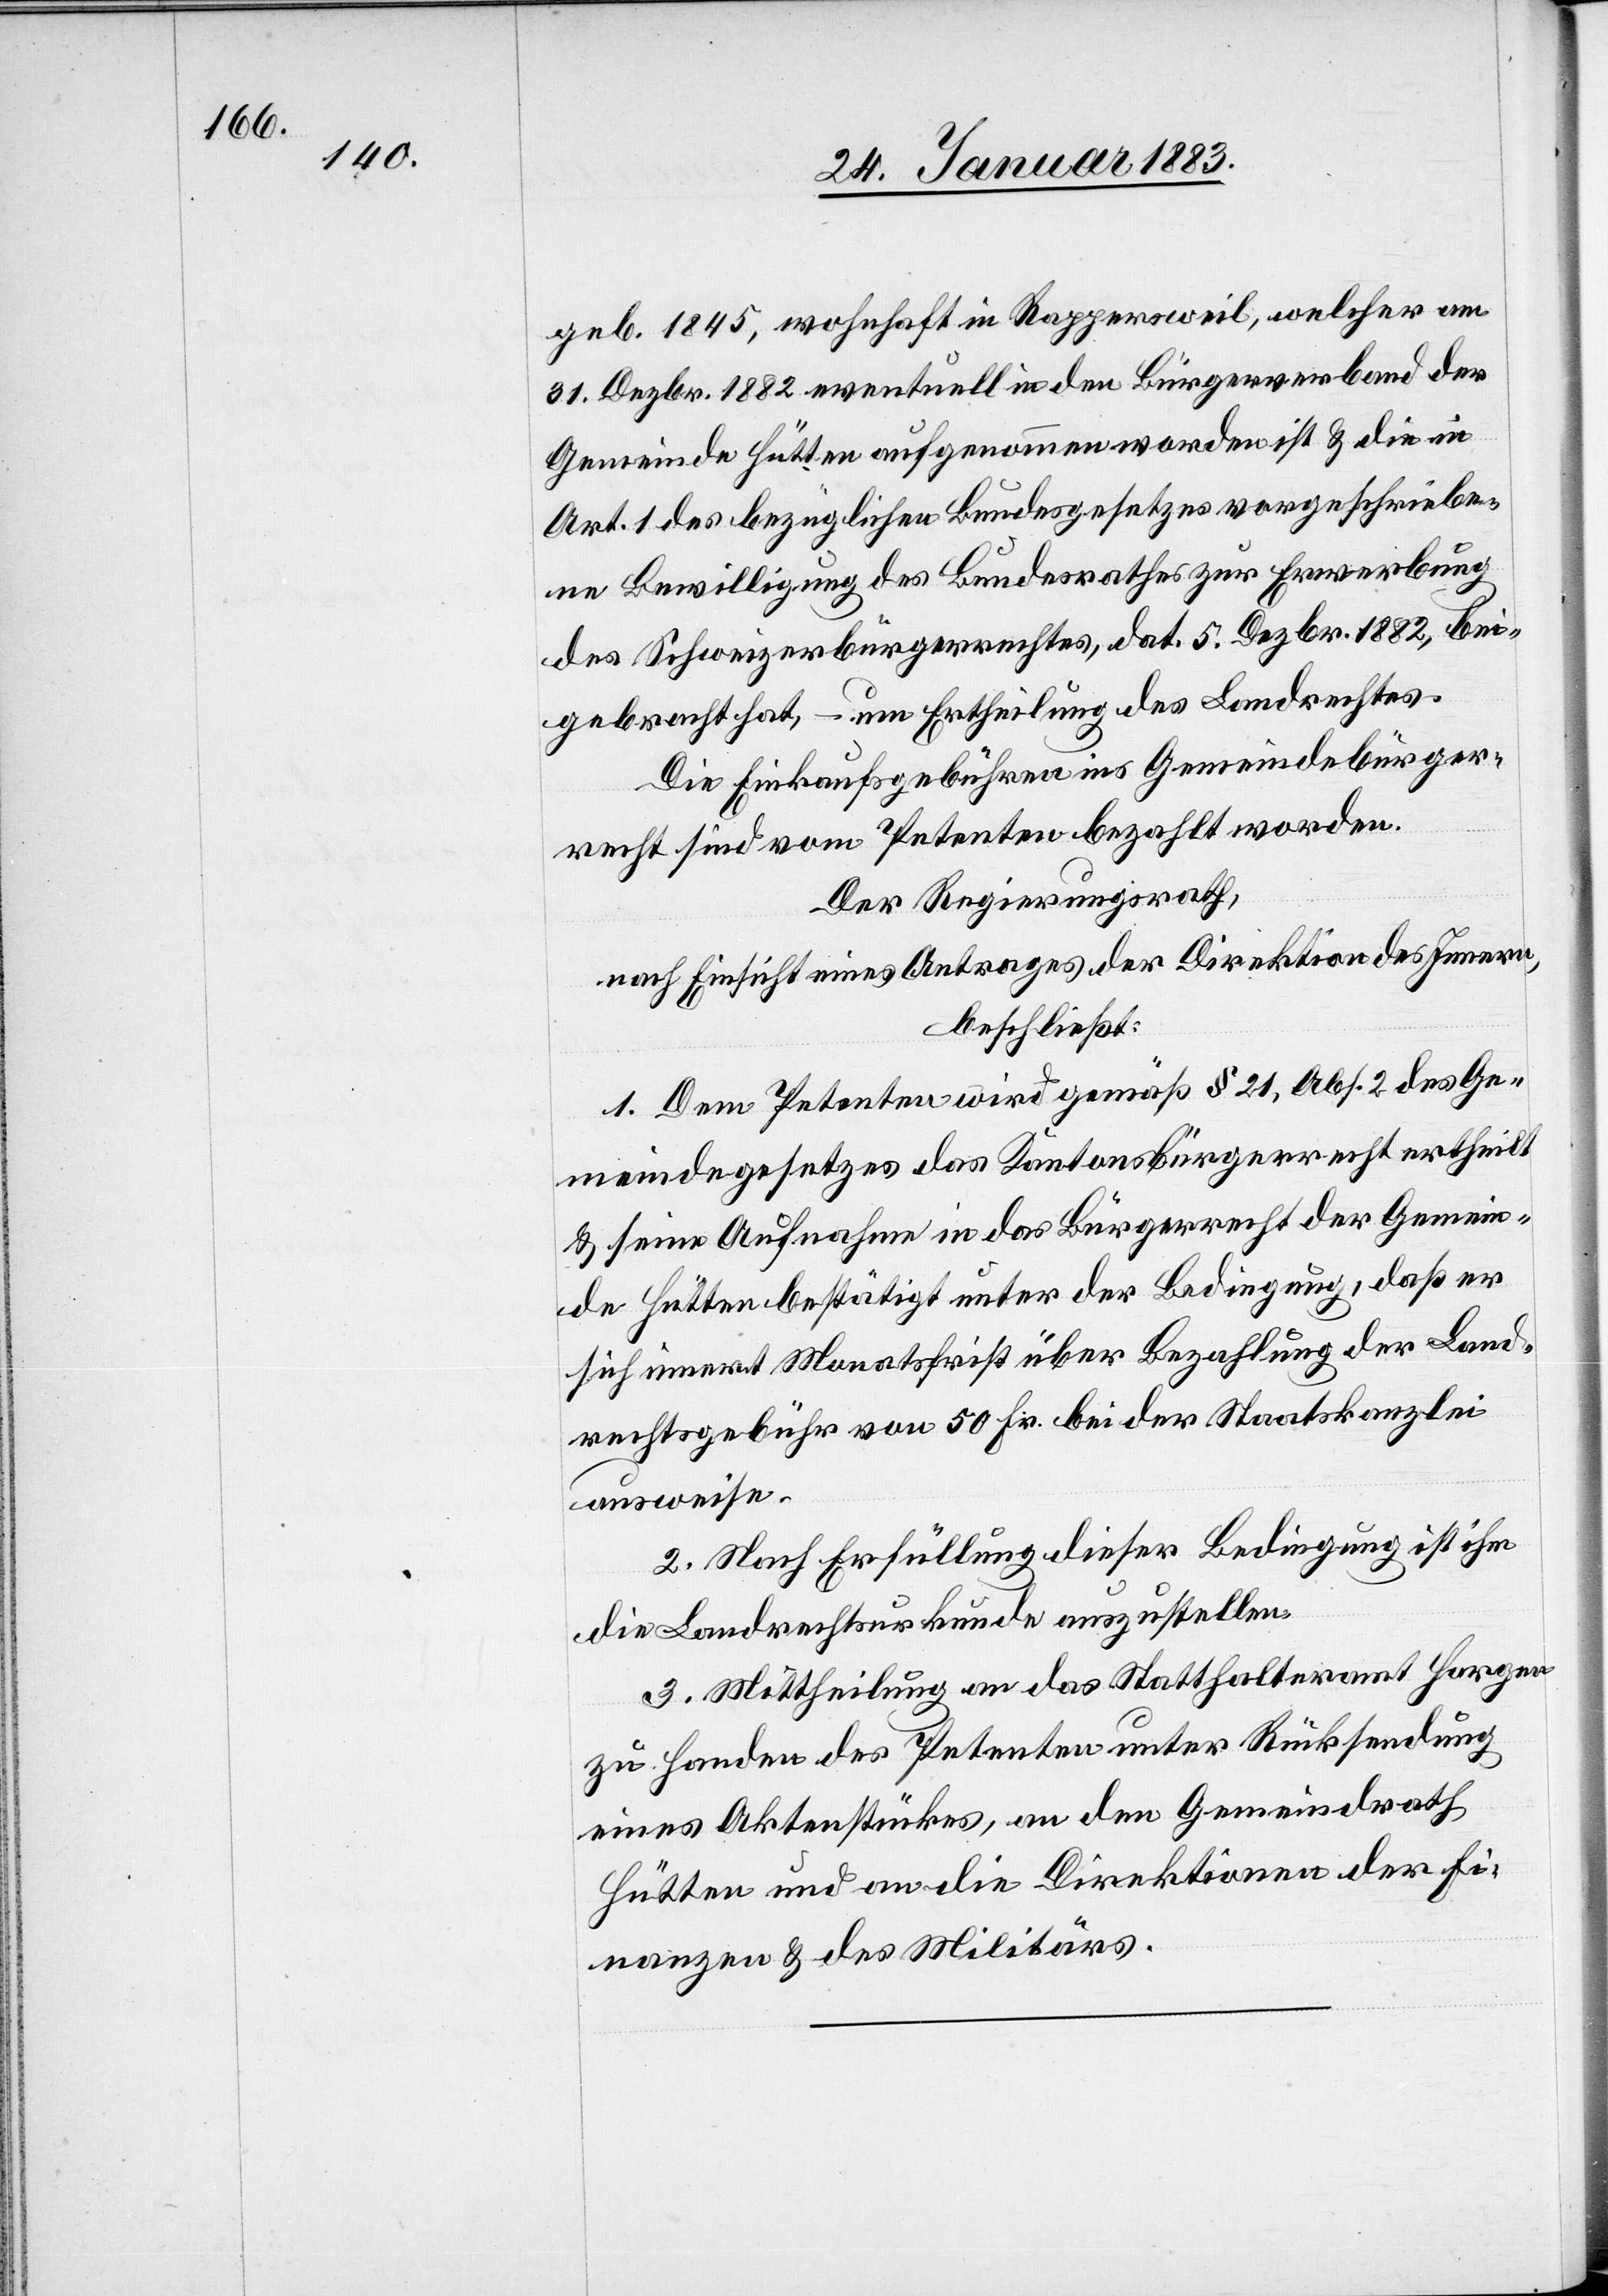
geb. 1845, wohnhaft in Rappersweil, welcher am
31. Dezbr. 1882 eventuell in den Bürgerverband der
Gemeinde Hütten aufgenommen worden ist & die in
Art. 1 des bezüglichen Bundesgesetzes vorgeschriebe¬
ne Bewilligung des Bundesrathes zur Erwerbung
des Schweizerbürgerrechtes, dat. 5. Dezbr. 1882, bei¬
gebracht hat, – um Ertheilung des Landrechtes.
Die Einkaufsgebühren ins Gemeindebürger¬
recht sind vom Petenten bezahlt worden.
Der Regierungsrath,
nach Einsicht eines Antrages der Direktion des Innern,
beschließt:
1. Dem Petenten wird gemäß § 21, Abs. 2 des Ge¬
meindegesetzes das Kantonsbürgerrecht ertheilt
& seine Aufnahme in das Bürgerrecht der Gemein¬
de Hütten bestätigt unter der Bedingung, daß er
sich innert Monatsfrist über Bezahlung der Land¬
rechtsgebühr von 50 Fr. bei der Staatskanzlei
ausweise.
2. Nach Erfüllung dieser Bedingung ist ihm
die Landrechtsurkunde auszustellen.
3. Mittheilung an das Statthalteramt Horgen
zu Handen des Petenten unter Rücksendung
eines Aktenstückes, an den Gemeindrath
Hütten & an die Direktionen der Fi¬
nanzen & des Militärs.